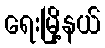
ရေးမြို့နယ်